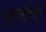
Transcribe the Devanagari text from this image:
तृतीये